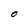
Character: O